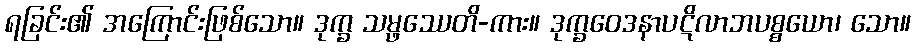
ရခြင်း၏ အကြောင်းဖြစ်သော။ ဒုက္ခ သမ္ဖဿေတိ-ကား။ ဒုက္ခဝေဒနာပဋိလာဘပစ္စယော၊ သော။